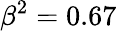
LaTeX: \beta^{2}=0.67